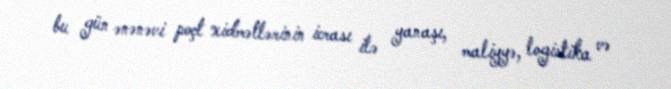
bu gün ənənəvi poçt xidmətlərinin icrası ilə yanaşı, maliyyə, logistika və